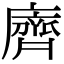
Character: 𪗆